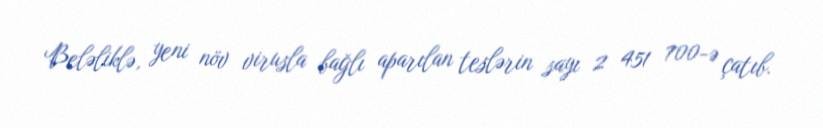
Beləliklə, yeni növ virusla bağlı aparılan teslərin sayı 2 451 700-ə çatıb.